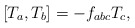
\begin{align*}\lbrack T_{a},T_{b}]=-f_{abc}T_{c}, \end{align*}